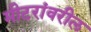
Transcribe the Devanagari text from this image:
मीटरांवरील